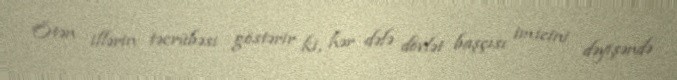
Ötən illərin təcrübəsi göstərir ki, hər dəfə dövlət başçısı imicini dəyişəndə